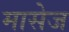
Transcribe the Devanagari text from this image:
मासेज